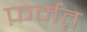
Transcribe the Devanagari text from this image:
फ़र्मत